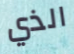
الذي